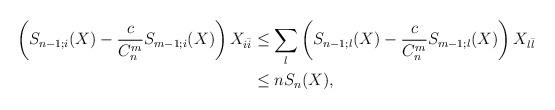
LaTeX: \begin{align*}\begin{aligned}\left(S_{n - 1;i} (X) - \frac{c}{C^m_n} S_{m - 1;i} (X) \right) X_{i\bar i}&\leq\sum_l \left(S_{n - 1;l} (X) - \frac{c}{C^m_n} S_{m - 1;l} (X) \right) X_{l\bar l} \\&\leq n S_n (X),\end{aligned}\end{align*}